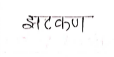
मजकूर: झटकन